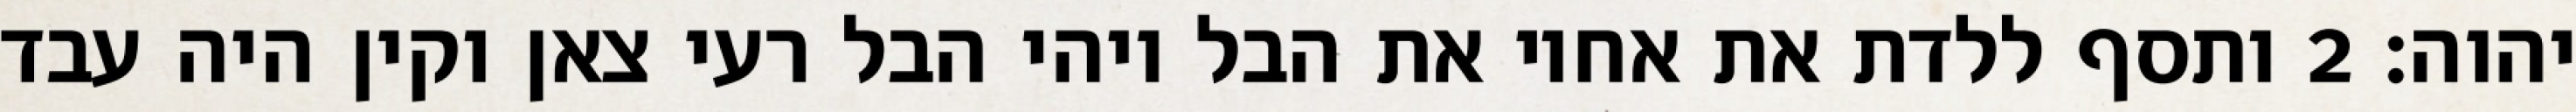
יהוה׃ ‎2‏ ותסף ללדת את אחיו את הבל ויהי הבל רעי צאן וקין היה עבד